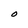
Character: O